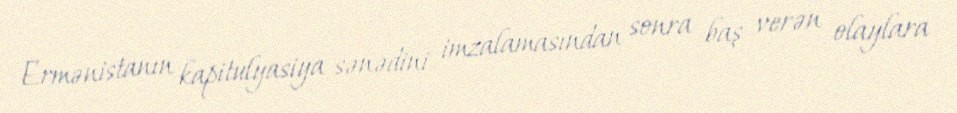
Ermənistanın kapitulyasiya sənədini imzalamasından sonra baş verən olaylara